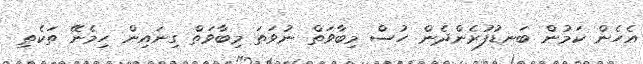
އެހެން ކަމުން ބަނޑުފުރެންދެން ހުސް މިބާވަތް ނުވަތަ މިބާވަތް ގިނައިން ހިމެނޭ ތަކެތި